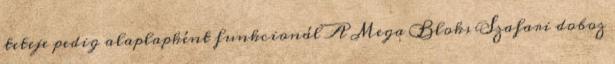
teteje pedig alaplapként funkcionál A Mega Bloks Szafari doboz